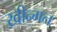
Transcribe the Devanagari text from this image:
ख़ीन्गन